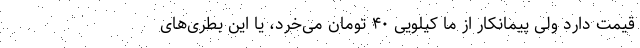
قیمت دارد ولی پیمانکار از ما کیلویی ۴۰ تومان می‌خرد، یا این بطری‌های